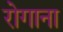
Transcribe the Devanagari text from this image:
रोगाना